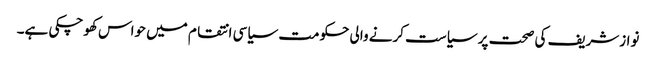
نوازشریف کی صحت پر سیاست کرنے والی حکومت سیاسی انتقام میں حواس کھوچکی ہے۔